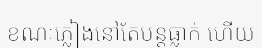
ខណៈភ្លៀងនៅតែបន្តធ្លាក់ ហើយ